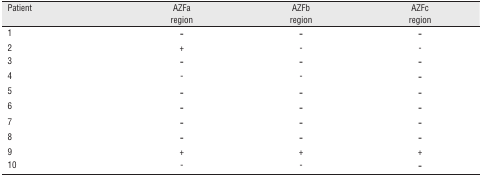
<table><thead><tr><td><b>Patient</b></td><td><b>AZFa region</b></td><td><b>AZFb region</b></td><td><b>AZFc region</b></td></tr></thead><tbody><tr><td>1</td><td>-</td><td>-</td><td>-</td></tr><tr><td>2</td><td>+</td><td>-</td><td>-</td></tr><tr><td>3</td><td>-</td><td>-</td><td>-</td></tr><tr><td>4</td><td>-</td><td>-</td><td>-</td></tr><tr><td>5</td><td>-</td><td>-</td><td>-</td></tr><tr><td>6</td><td>-</td><td>-</td><td>-</td></tr><tr><td>7</td><td>-</td><td>-</td><td>-</td></tr><tr><td>8</td><td>-</td><td>-</td><td>-</td></tr><tr><td>9</td><td>+</td><td>+</td><td>+</td></tr><tr><td>10</td><td>-</td><td>-</td><td>-</td></tr></tbody></table>